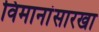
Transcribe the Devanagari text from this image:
विमानांसारखा